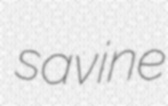
savine